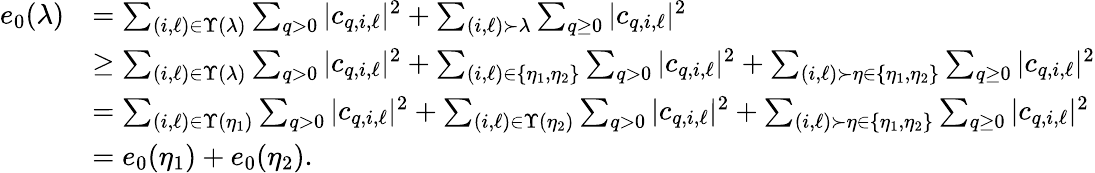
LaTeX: \begin{array}{rl}{e_{0}(\lambda)}&{=\sum_{(i,\ell)\in\Upsilon(\lambda)}\sum_{q>0}\vert c_{q,i,\ell}\vert^{2}+\sum_{(i,\ell)\succ\lambda}\sum_{q\ge 0}\vert c_{q,i,\ell}\vert^{2}}\\ &{\ge\sum_{(i,\ell)\in\Upsilon(\lambda)}\sum_{q>0}\vert c_{q,i,\ell}\vert^{2}+\sum_{(i,\ell)\in\{ \eta_{1},\eta_{2}\} }\sum_{q>0}\vert c_{q,i,\ell}\vert^{2}+\sum_{(i,\ell)\succ\eta\in\{ \eta_{1},\eta_{2}\} }\sum_{q\ge 0}\vert c_{q,i,\ell}\vert^{2}}\\ &{=\sum_{(i,\ell)\in\Upsilon(\eta_{1})}\sum_{q>0}\vert c_{q,i,\ell}\vert^{2}+\sum_{(i,\ell)\in\Upsilon(\eta_{2})}\sum_{q>0}\vert c_{q,i,\ell}\vert^{2}+\sum_{(i,\ell)\succ\eta\in\{ \eta_{1},\eta_{2}\} }\sum_{q\ge 0}\vert c_{q,i,\ell}\vert^{2}}\\ &{=e_{0}(\eta_{1})+e_{0}(\eta_{2}).}\end{array}